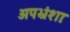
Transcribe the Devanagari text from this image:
अपभ्रंशाः